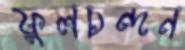
ফুলচন্দন